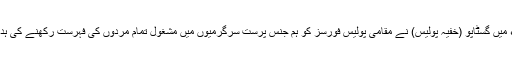
1934ء میں گسٹاپو (خفیہ پولیس) نے مقامی پولیس فورسز کو ہم جنس پرست سرگرمیوں میں مشغول تمام مردوں کی فہرست رکھنے کی ہدایت کی۔